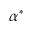
\alpha ^ { * }